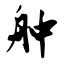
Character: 舯